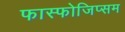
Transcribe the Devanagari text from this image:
फास्फोजिप्सम